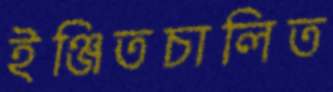
ইঞ্জিতচালিত